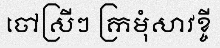
ចៅស្រីៗ ក្រមុំសាវខ្ចី